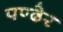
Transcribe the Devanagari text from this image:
पण्ढेर